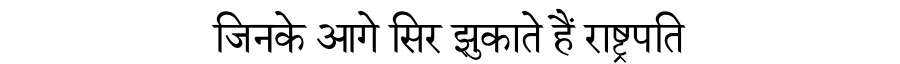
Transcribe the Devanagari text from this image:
जिनके आगे सिर झुकाते हैं राष्ट्रपति